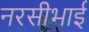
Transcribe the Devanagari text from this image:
नरसीभाई